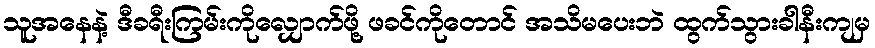
သူအနေနဲ့ ဒီခရီးကြမ်းကိုလျှောက်ဖို့ ဖခင်ကိုတောင် အသိမပေးဘဲ ထွက်သွားခါနီးကျမှ